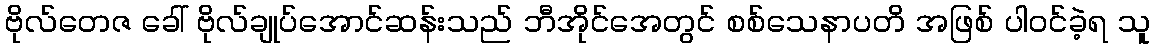
ဗိုလ်တေဇ ခေါ် ဗိုလ်ချုပ်အောင်ဆန်းသည် ဘီအိုင်အေတွင် စစ်သေနာပတိ အဖြစ် ပါဝင်ခဲ့ရ သူ